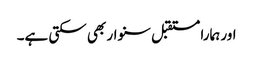
اور ہمارا مستقبل سنوار بھی سکتی ہے۔